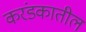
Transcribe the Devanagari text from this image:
करंडकातील